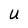
Character: U